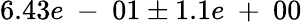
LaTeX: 6.43e\mathrm{~-~}01\pm 1.1e\mathrm{~+~}00